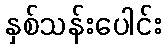
နှစ်သန်းပေါင်း